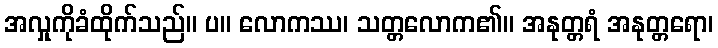
အလှုကိုခံထိုက်သည်။ ပ။ လောကဿ၊ သတ္တလောက၏။ အနုတ္တရံ အနုတ္တရော၊